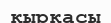
қырқасы